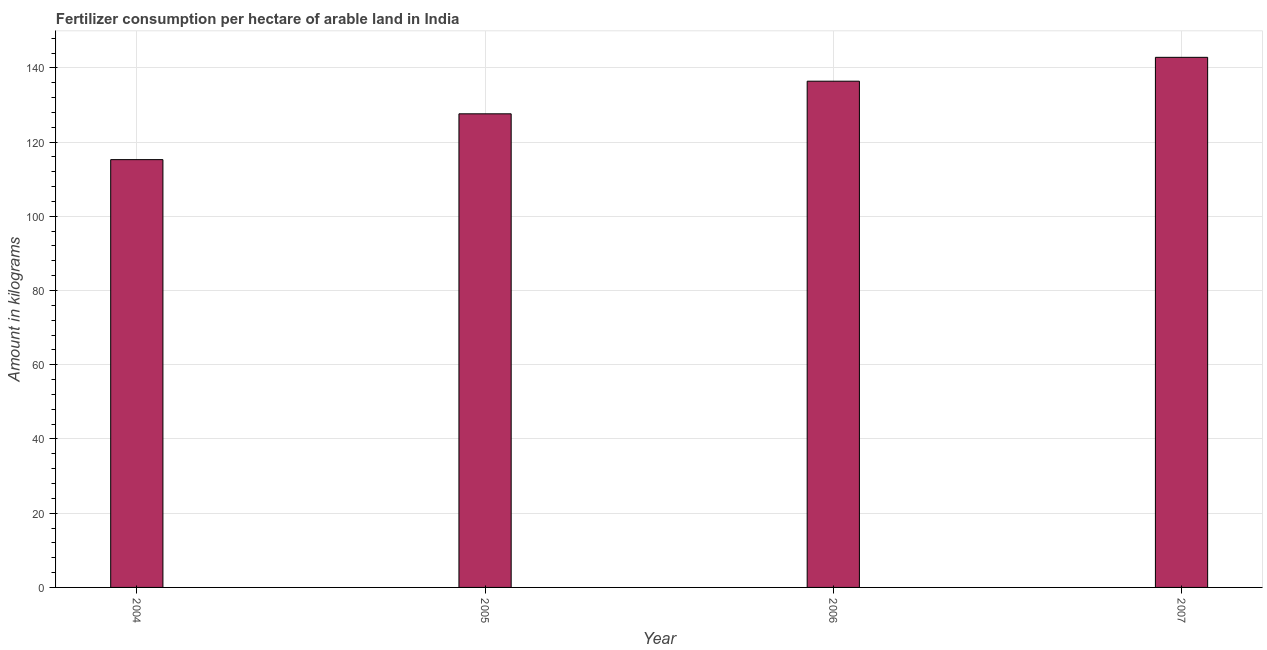
| Year | Fertilizer consumption |
 | --- | --- |
 | 2004 | 115 |
 | 2005 | 128 |
 | 2006 | 136 |
 | 2007 | 143 |